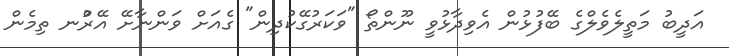
އަދީބު މަތީލެވެލްގެ ބޭފުޅުން އެވިދާޅުވީ ނޫންތޯ "ވަކަރުގޭކުދިން" ގެއަށް ވަންނާށޭ އޭރުްނ ތިމެން